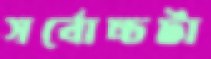
সর্বোচ্চটা